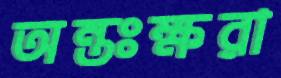
অন্তঃক্ষরা